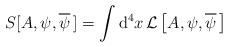
LaTeX: \begin{align*}S[A,\psi,\overline{\psi} \, ] = \int {\rm d}^4 x \, {\cal L} \left[ A,\psi,\overline{\psi} \, \right]\end{align*}